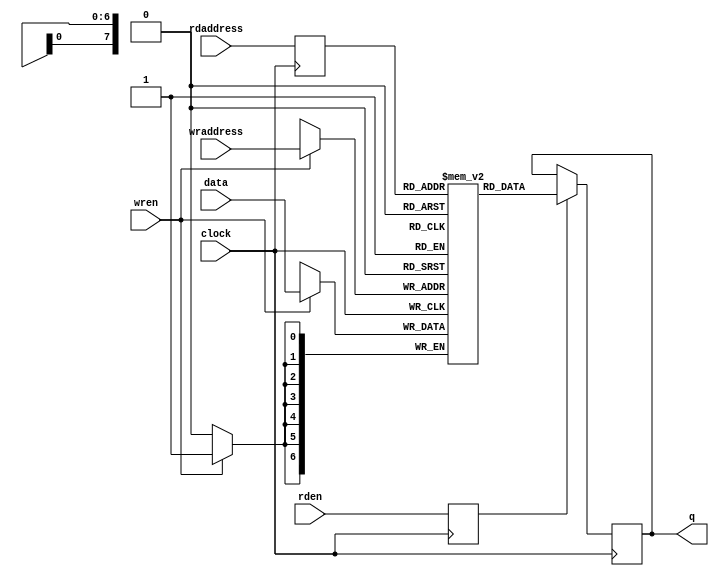
//===================================================================
// Module Name : RsDecodeDpRam
// Function    : Rs Decoder DpRam Memory Module
// 
// Revision History:
// Date          By           Version    Change Description
//===================================================================
// 2009/02/03  Gael Sapience     1.0       Original
//
//===================================================================
// (C) COPYRIGHT 2009 SYSTEM LSI CO., Ltd.
//


module RsDecodeDpRam (/*AUTOARG*/
   // Outputs
   q,
   // Inputs
   clock,
   data,
   rdaddress,
   rden,
   wraddress,
   wren
   );

   output [6:0]   q;
   input          clock;
   input  [6:0]   data;
   input  [7:0]   rdaddress;
   input  [7:0]   wraddress;
   input          rden;
   input          wren;



    //------------------------------------------------------------------
    // + mem
    //  - DpRam Memory
    //------------------------------------------------------------------
   reg [6:0]   mem[0:142];
    always@(posedge clock) begin
       if (wren)
         mem[wraddress] <= data;
    end



    //------------------------------------------------------------------
    // + rRdAddr
    //  - Read Address register
    //------------------------------------------------------------------
    reg [7:0] rRdAddr;
    always@(posedge clock) begin
       rRdAddr <= rdaddress;
    end



    //------------------------------------------------------------------
    // + rRdEn
    //  - ?
    //------------------------------------------------------------------
    reg  rRdEn;
    always@(posedge clock) begin
       rRdEn <= rden;
    end



    //------------------------------------------------------------------
    // + q
    //  - 
    //------------------------------------------------------------------
    reg [6:0] q;
    always@(posedge clock) begin
       if (rRdEn)
          q <= mem[rRdAddr];
    end



 endmodule